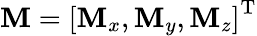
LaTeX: \boldsymbol{\mathbf{M}}=\left[\mathbf{M}_{x},\mathbf{M}_{y},\mathbf{M}_{z}\right]^{\mathrm{{T}}}